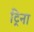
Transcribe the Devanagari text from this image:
ट्रिना